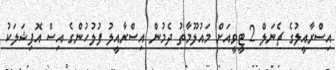
އިސްރާއީލުގެ ޗެނަލް 2 ޓީވީއަށް މައުލޫމާތު ދެމުން އިސްރާއީލު ފުލުހުންގެ އިސް އޮފިޝަލަކު